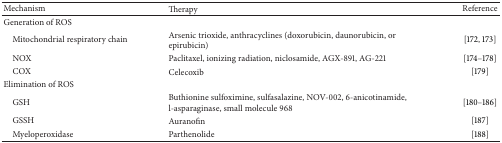
<table><thead><tr><td><b>Mechanism</b></td><td><b>Therapy</b></td><td><b>Reference</b></td></tr></thead><tbody><tr><td>Generation of ROS</td><td> </td><td> </td></tr><tr><td> Mitochondrial respiratory chain</td><td>Arsenic trioxide, anthracyclines (doxorubicin, daunorubicin, or epirubicin)</td><td>[172, 173]</td></tr><tr><td> NOX</td><td>Paclitaxel, ionizing radiation, niclosamide, AGX-891, AG-221</td><td>[174–178]</td></tr><tr><td> COX</td><td>Celecoxib</td><td>[179]</td></tr><tr><td>Elimination of ROS</td><td> </td><td> </td></tr><tr><td> GSH</td><td>Buthionine sulfoximine, sulfasalazine, NOV-002, 6-anicotinamide, l-asparaginase, small molecule 968</td><td>[180–186]</td></tr><tr><td> GSSH</td><td>Auranofin </td><td>[187]</td></tr><tr><td> Myeloperoxidase</td><td>Parthenolide</td><td>[188]</td></tr></tbody></table>